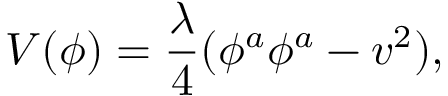
V ( \phi ) = \frac { \lambda } { 4 } ( \phi ^ { a } \phi ^ { a } - v ^ { 2 } ) ,